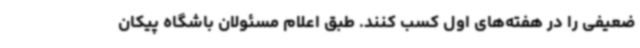
ضعیفی را در هفته‌های اول‌ کسب کنند. طبق اعلام مسئولان باشگاه پیکان